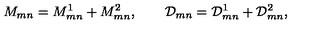
M _ { m n } = M _ { m n } ^ { 1 } + M _ { m n } ^ { 2 } , \qquad \mathcal { D } _ { m n } = \mathcal { D } _ { m n } ^ { 1 } + \mathcal { D } _ { m n } ^ { 2 } ,